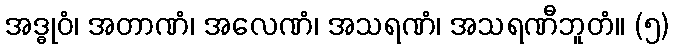
အဒ္ဓုဝံ၊ အတာဏံ၊ အလေဏံ၊ အသရဏံ၊ အသရဏီဘူတံ။ (၅)